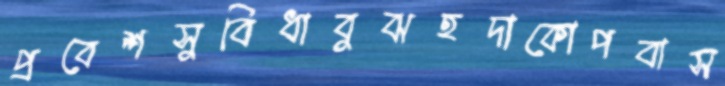
প্রবেশসুবিধাবুঝহদাকোপবাস